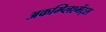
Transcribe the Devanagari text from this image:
अकम्प्लिश्मेंट्स